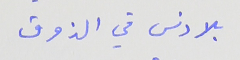
بلا دنس في الذوق